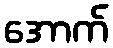
အောက်